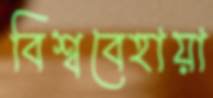
বিশ্ববেহায়া